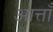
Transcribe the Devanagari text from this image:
आत्ताँ